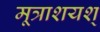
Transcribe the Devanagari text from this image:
मूत्राशयश्